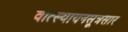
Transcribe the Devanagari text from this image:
वात्स्यायनसूत्रसार